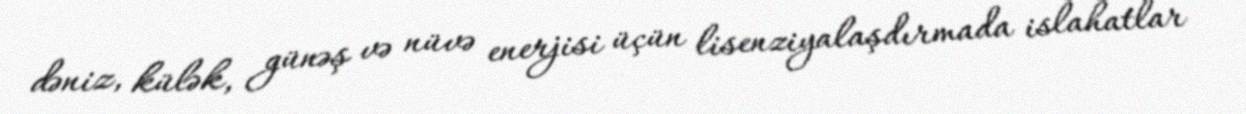
dəniz, külək, günəş və nüvə enerjisi üçün lisenziyalaşdırmada islahatlar